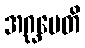
အဂ္ဃမေတိ